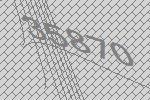
35870